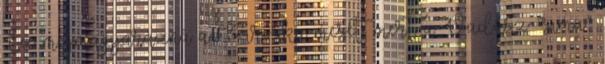
Ez megmagyarázná a Piroska mesét, mert a Vadász “sima”